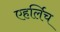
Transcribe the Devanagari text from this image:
एहर्लिच